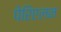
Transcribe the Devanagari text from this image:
पेरिएलन